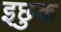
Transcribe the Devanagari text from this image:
इछुक